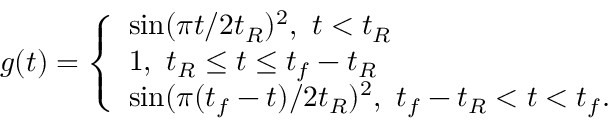
g ( t ) = \left\{ \begin{array} { l l } { \sin ( \pi t / 2 t _ { R } ) ^ { 2 } , \ t < t _ { R } } \\ { 1 , \ t _ { R } \leq t \leq t _ { f } - t _ { R } } \\ { \sin ( \pi ( t _ { f } - t ) / 2 t _ { R } ) ^ { 2 } , \ t _ { f } - t _ { R } < t < t _ { f } . } \end{array} \right.